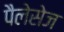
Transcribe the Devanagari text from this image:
पैलेसेज